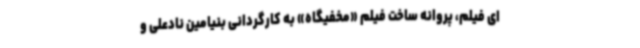
ای فیلم، پروانه ساخت فیلم «مخفیگاه» به کارگردانی بنیامین نادعلی و